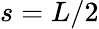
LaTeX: s=L/2